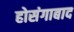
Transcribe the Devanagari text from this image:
होसंगाबाद